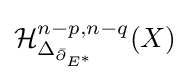
{\mathcal {H}}_{\Delta _{{\bar {\partial }}_{E^{*}}}}^{n-p,n-q}(X)